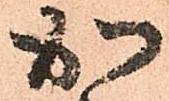
加